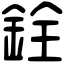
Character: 銓